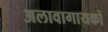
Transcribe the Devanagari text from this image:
अलावागायकों